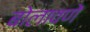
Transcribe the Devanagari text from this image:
बोलावणें